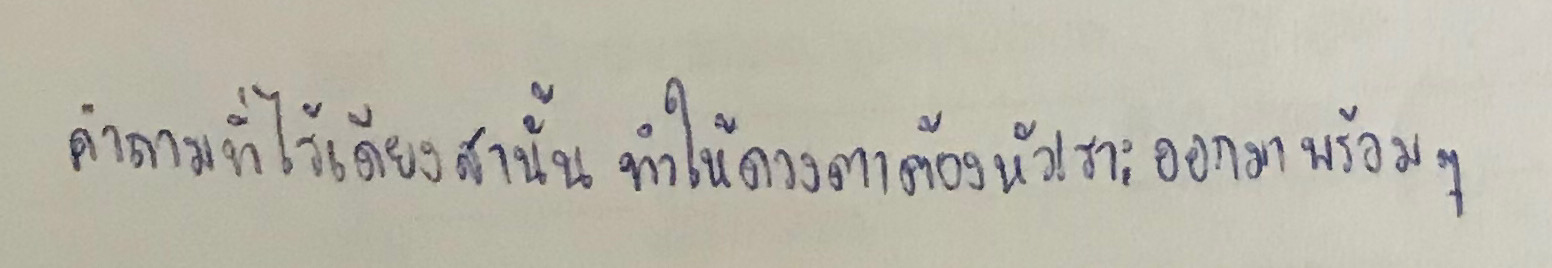
คำถามที่ไร้เดียงสานั้นทำให้ดวงตาต้องหัวเราะออกมาพร้อมๆ